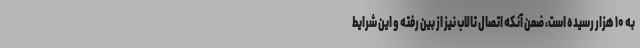
به ۱۰ هزار رسیده است، ضمن آنکه اتصال تالاب نیز از بین رفته و این شرایط